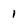
Character: 1